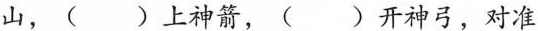
山，( )上神箭，()开神弓，对准